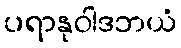
ပရာနုဝါဒဘယံ